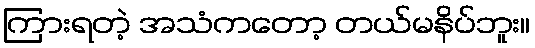
ကြားရတဲ့ အသံကတော့ တယ်မနိပ်ဘူး။